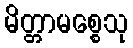
မိတ္တာမစ္စေသု